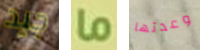
جيد ما وعدتها